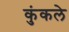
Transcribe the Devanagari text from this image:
कुंकले